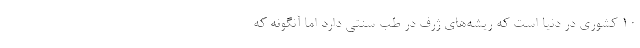
۱۰ کشوری در دنیا است که ریشه‌های ژرف در طب سنتی دارد اما آنگونه که